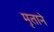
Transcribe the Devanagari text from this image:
मृताने